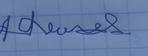
Signature authenticity: genuine